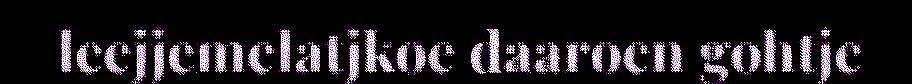
leejjemelatjkoe daaroen gohtje